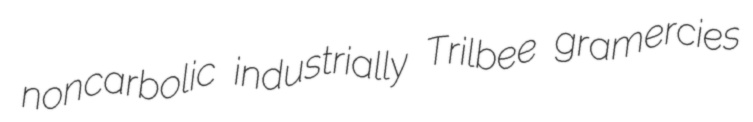
noncarbolic industrially Trilbee gramercies